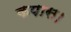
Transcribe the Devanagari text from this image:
कपास।